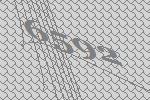
6592